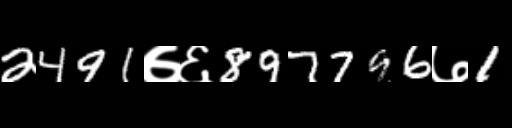
Text: 2491७६897796७1